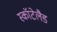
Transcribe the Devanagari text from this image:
स्कॉटेलैड